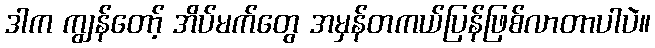
ဒါက ကျွန်တော့် အိပ်မက်တွေ အမှန်တကယ်ပြန်ဖြစ်လာတာပါပဲ။